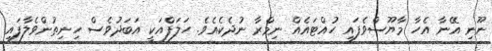
ނޫނި އޭނާ އެހާ މާޔޫސްވެފައި ހުއްޓައެއް ނިމްރާ ނުދެކެއެވެ. ހަލަފްއަކީ އަބަދުވެސް ހިނިތުންވެލާފައި